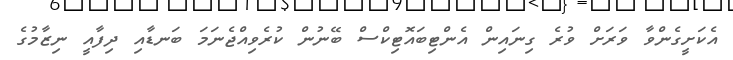
އެކަށީގެންވާ ވަރަށް ވުރެ ގިނައިން އެންޓިބައޮޓިކްސް ބޭނުން ކުރެވިއްޖެނަމަ ބަނޑާއި ދިފާއީ ނިޒާމުގެ